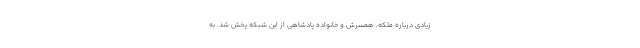
زیادی درباره ملکه، همسرش و خانواده پادشاهی از این شبکه پخش شد. به